Civil Veterinary Dept. North-West Frontier Province 1933-46 - 1933-1946
Year: 1933
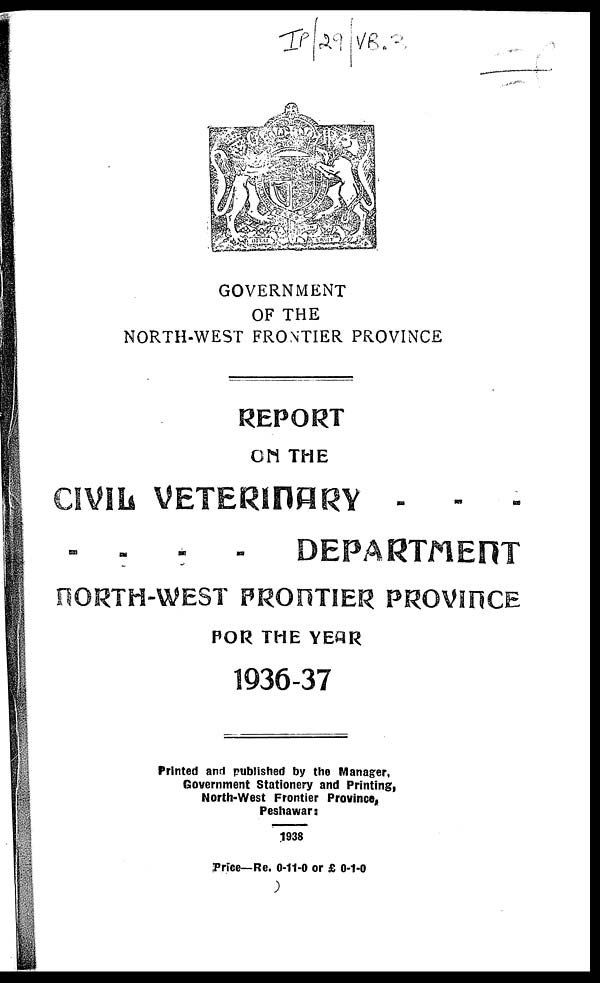
GOVERNMENT
OF THE
NORTH-WEST FRONTIER PROVINCE
REPORT
ON THE
CIVIL VETERINARY - - -
- -
-
-
DEPARTMENT
NORTH-WEST FRONTIER PROVINCE
FOR THE YEAR
1936-37
Printed and published by the Manager,
Government Stationery and Printing,
North-West Frontier Province,
Peshawar :
1938
Price—Rs. 0-11-0 or £ 0-1-0